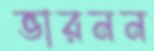
ভারনন